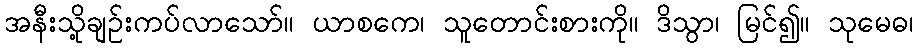
အနီးသို့ချဉ်းကပ်လာသော်။ ယာစကေ၊ သူတောင်းစားကို။ ဒိသွာ၊ မြင်၍။ သုမေဓ၊